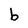
Character: b